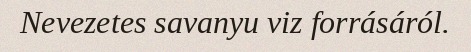
Nevezetes savanyu viz forrásáról.